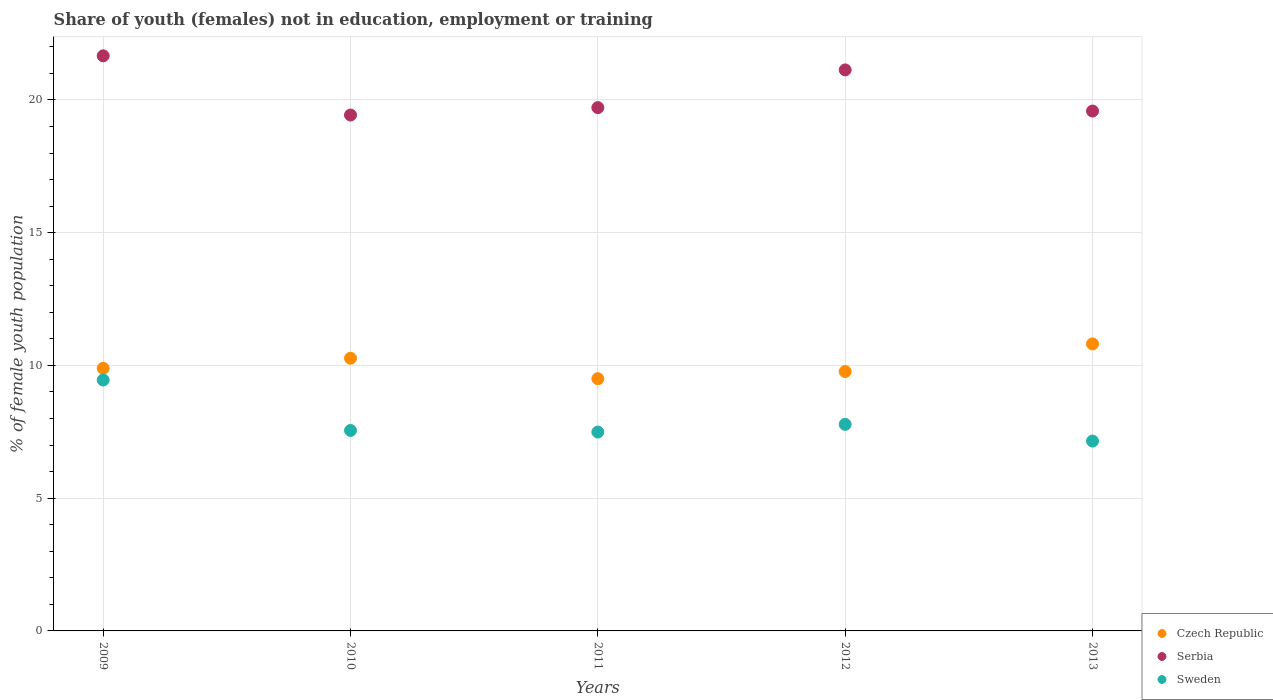
| Years | Czech Republic | Serbia | Sweden |
 | --- | --- | --- | --- |
 | 2009 | 9.89 | 21.7 | 9.45 |
 | 2010 | 10.3 | 19.4 | 7.55 |
 | 2011 | 9.5 | 19.7 | 7.49 |
 | 2012 | 9.77 | 21.1 | 7.78 |
 | 2013 | 10.8 | 19.6 | 7.15 |